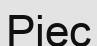
Ріес